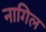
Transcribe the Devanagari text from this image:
नागिल